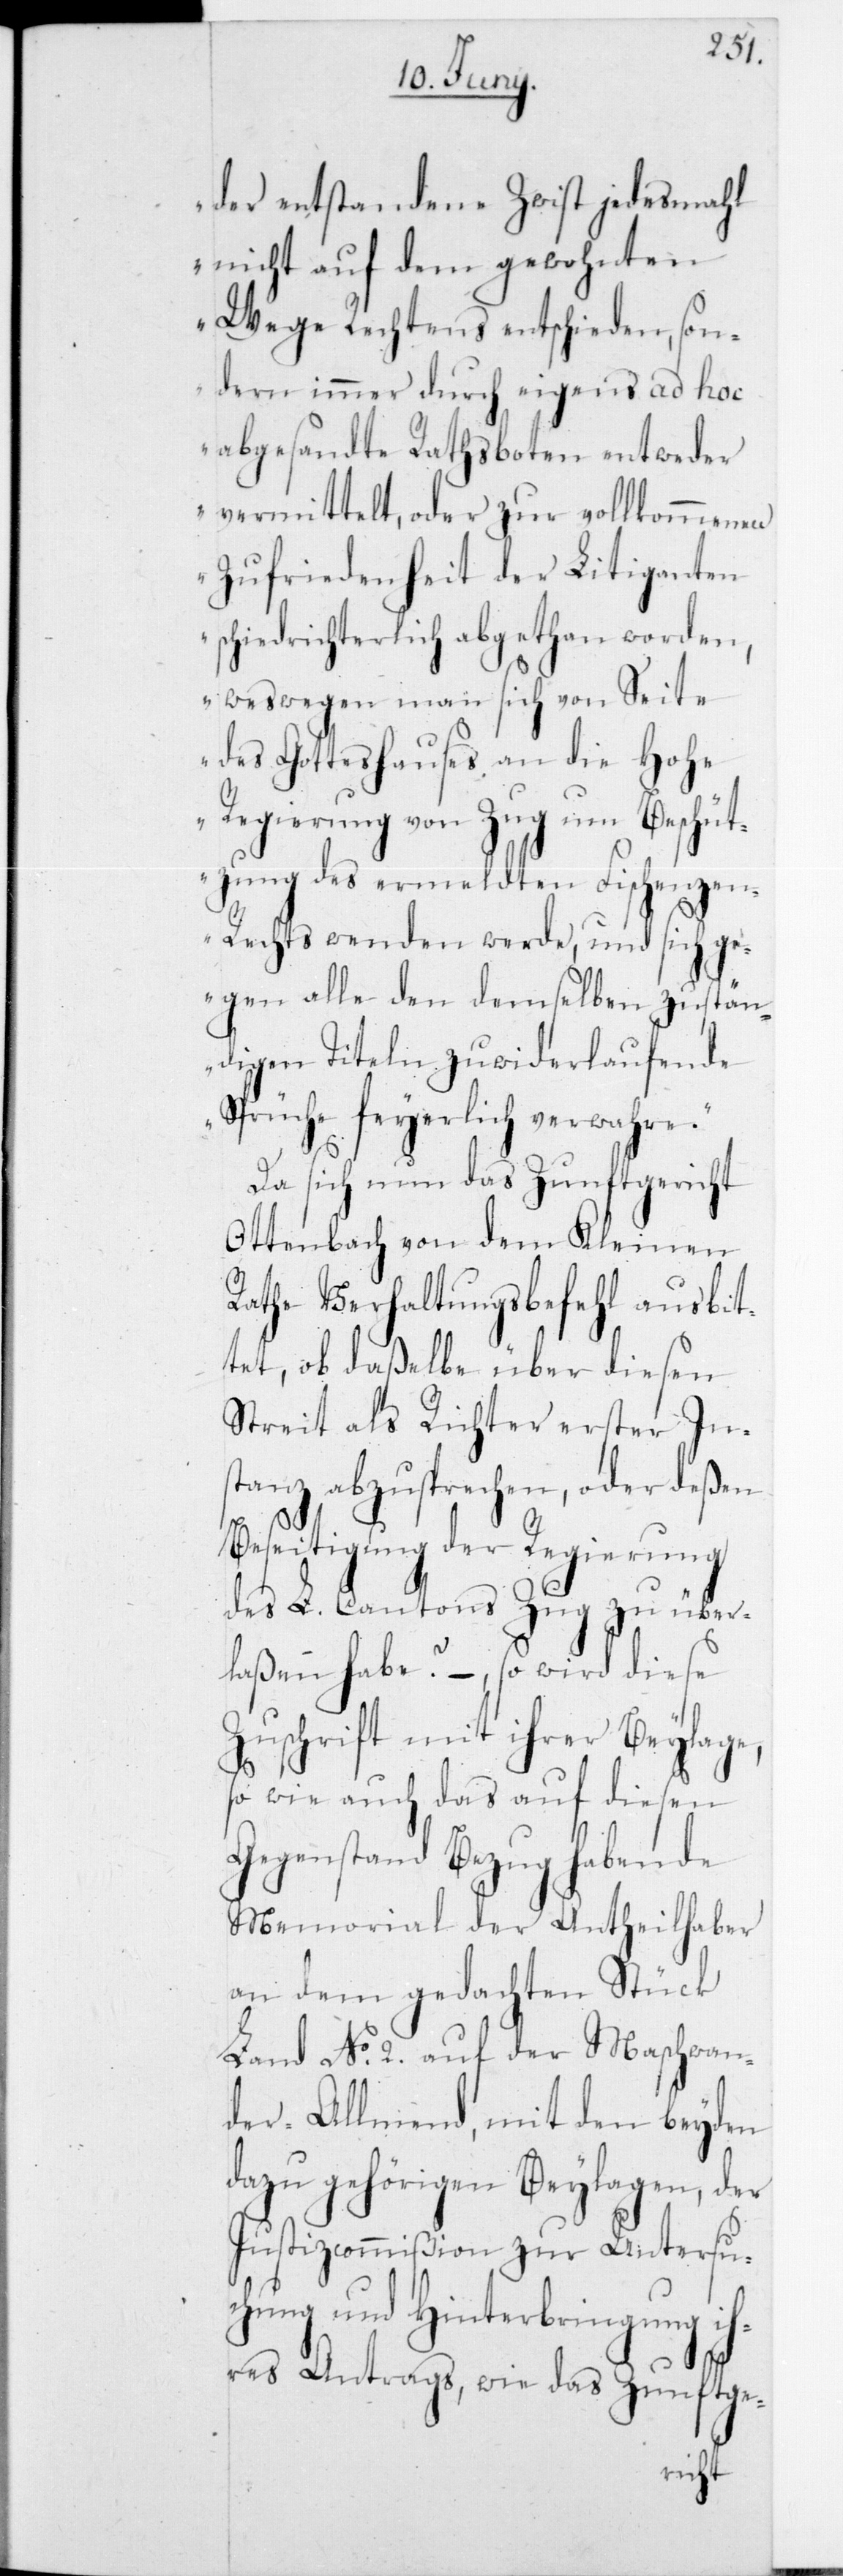
der entstandene Zwist jedesmahl
nicht auf dem gewohnten
Wege Rechtens entschieden, son¬
dern immer durch eigens ad hoc
abgesandte Rathsboten entweder
vermittelt, oder zur vollkommenen
Zufriedenheit der Litiganten
schiedrichterlich abgethan worden,
weswegen man sich von Seit¬
e des Gotteshauses an die Hohe
Regierung von Zug um Beschüt¬
zung des ermeldten Fischenze¬
n-Rechts wenden werde, und sich g¬
egen alle den demselben zustän¬
digen Titeln zuwiderlaufende
Sprüche feierlich verwahre“.
Da sich nun das Zunftgericht
Ottenbach von dem Kleinen
Rathe Verhaltungsbefehl ausbit¬
tet, ob daßelbe über diesen
Streit als Richter erster In¬
stanz abzusprechen, oder deßen
Beseitigung der Regierung
des L. Cantons Zug zu über¬
laßen habe? – , so wird diese
Zuschrift mit ihrer Beylage,
so wie auch das auf diesen
Gegenstand Bezug habende
Memorial der Antheilhaber
an dem gedachten Stück
Land No 2 auf der Maschwan¬
der-Allmend, mit den beyden
dazu gehörigen Beylagen, der
Justizcommißion zu Untersu¬
chung und Hinterbringung ih¬
res Antrags, wie das Zunftge-